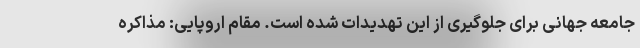
جامعه جهانی برای جلوگیری از این تهدیدات شده است. مقام اروپایی: مذاکره